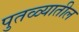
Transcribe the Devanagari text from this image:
पुतळ्यातील